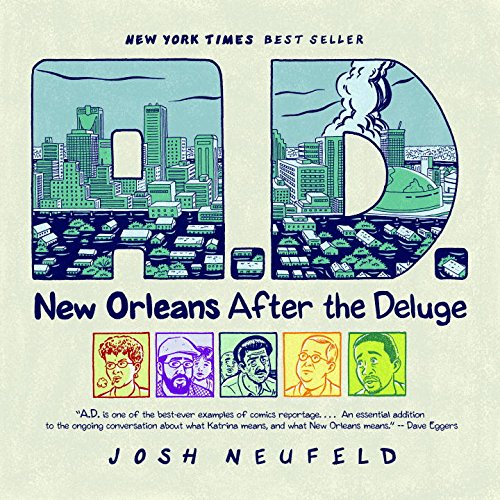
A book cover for A.D.: New Orleans After the Deluge; Josh Neufeld; Comics & Graphic Novels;